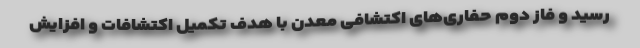
رسید و فاز دوم حفاری‌های اکتشافی معدن با هدف تکمیل اکتشافات و افزایش